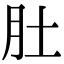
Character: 肚